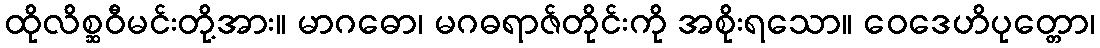
ထိုလိစ္ဆဝီမင်းတို့အား။ မာဂဓော၊ မဂဓရာဇ်တိုင်းကို အစိုးရသော။ ဝေဒေဟိပုတ္တော၊